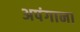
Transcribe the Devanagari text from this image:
अपंगाना